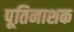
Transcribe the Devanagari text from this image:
पूतिनाशक